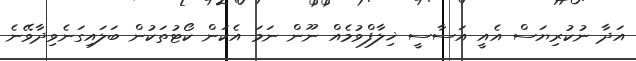
އަދާ ނުކުރިޔަސް އެއީ އަސާސީ ޚިލާފްވުމެއް ނޫން ނަމަ އެކަން ކޯޓުތަކުން ބަލައިގަނެވިދާވޭނެ